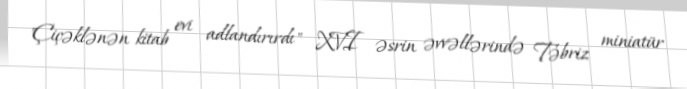
"Çiçəklənən kitab evi adlandırırdı" XVI əsrin əvvəllərində Təbriz miniatür